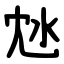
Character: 沊